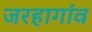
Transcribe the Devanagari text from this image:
जरहागांव